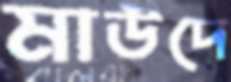
মাউদে